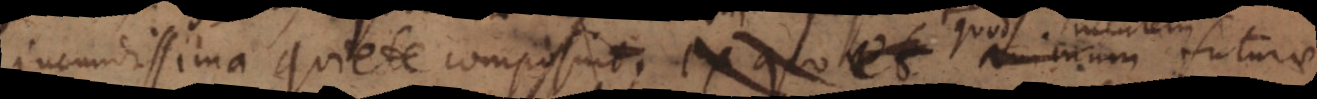
jucundissima quiete composuit, ex quo et animum. Quo